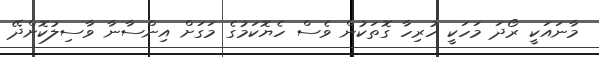
މާނައަކީ ރޯދަ މަހަކީ ހުރިހާ ގޮތަކުން ވެސް ހެޔޮކަމުގެ މަގަށް އިންސާނާ ވާސިލުކޮށްދޭ